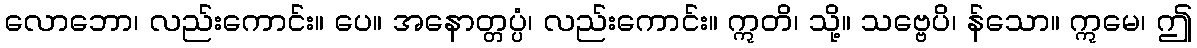
လောဘော၊ လည်းကောင်း။ ပေ။ အနောတ္တပ္ပံ၊ လည်းကောင်း။ ဣတိ၊ သို့။ သဗ္ဗေပိ၊ န်သော။ ဣမေ၊ ဤ